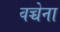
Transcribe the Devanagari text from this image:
वच्चेना